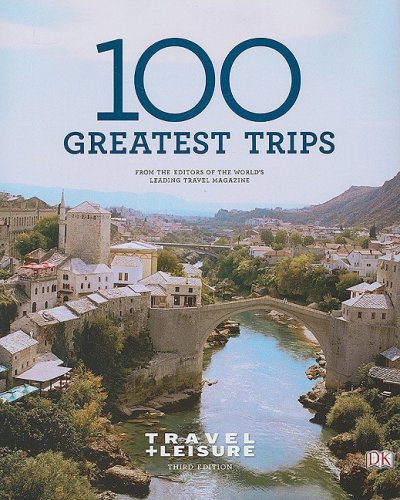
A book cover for Travel + Leisure's 100 Greatest Trips of 2009; TRAVEL + LEISURE; Travel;